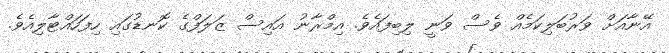
އޭނާއަށް ވަރުބަލިކަމެއް ވެސް ވަނީ ލިބިފައެވެ. އިމްރާނު އައިސް ޒަލަފްގެ ކޮނޑުގައި ހިފަހައްޓާލިއެވެ.